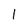
Character: l